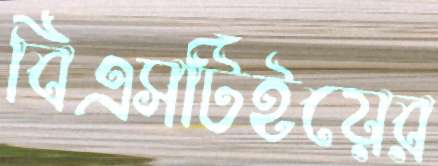
বিএসটিইয়ের